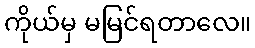
ကိုယ်မှ မမြင်ရတာလေ။